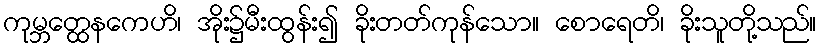
ကုမ္ဘတ္ထေနကေဟိ၊ အိုး၌မီးထွန်း၍ ခိုးတတ်ကုန်သော။ စောရေတိ၊ ခိုးသူတို့သည်။